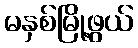
မနှစ်မြို့ဖွယ်